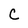
Character: C